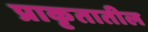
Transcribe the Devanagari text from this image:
प्राकृतातील